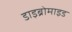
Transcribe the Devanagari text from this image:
डाइब्रोमाइड